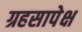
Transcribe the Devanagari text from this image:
ग्रहसापेक्ष